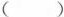
（）